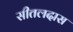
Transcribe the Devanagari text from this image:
सीतलदास